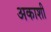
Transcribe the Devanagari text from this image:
अकाशी